Indian Civil Veterinary Department memoirs
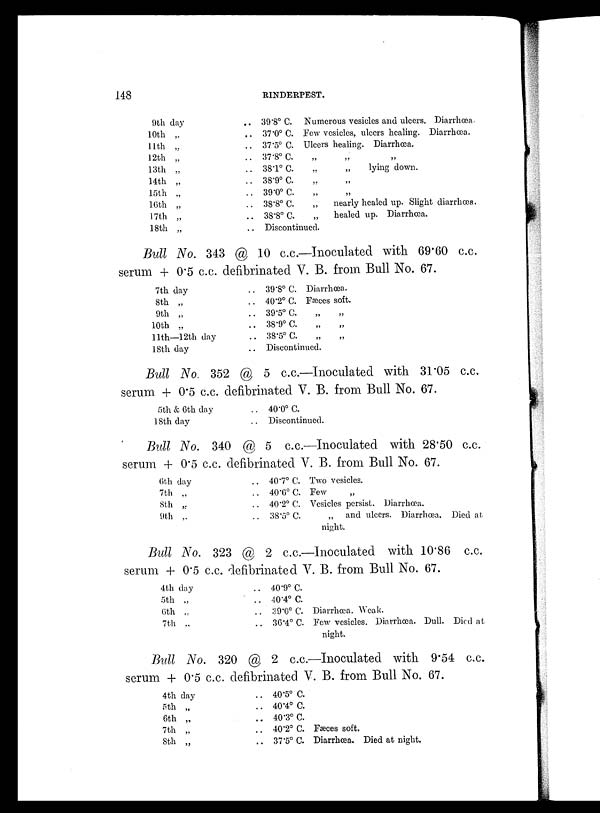
148
RINDERPEST.
9th day
10th „
11th „
12th „
13th „
14th „
15th „
10th „
17th „
18th „
.. 39.8º C. Numerous vesicles and ulcers. Diarrhœa.
.. 37.0º C. Few vesicles, ulcers healing. Diarrhœa.
.. 37.5º C. Ulcers healing. Diarrhœa,
.. 37.8º C. „ „ „
.. 38.1º C.
„
„
lying down.
.. 38.9º C. „ „
.. 39.0º C. „ „
.. 38.8º C.
„
nearly healed up. Slight diarrhoea.
.. 38.8º C.
„
healed up. Diarrhœa.
.. Discontinued.
Bull No. 343 @ 10 c.c.—Inoculated with 69.60 c.c.
serum + 0.5 c.c. defibrinated V. B. from Bull No. 67.
7th day
8th „
9th „
10th „
11th—12th day
18th day
.. 39.8º C. Diarrhœa.
.. 40.2º C. Fæces soft.
.. 39.5º C. „ „
.. 38.9º C. „ „
.. 38.5º C. „ „
.. Discontinued.
Bull No. 352 @ 5 c.c.—Inoculated with 31.05 c.c.
serum + 0.5 c.c. defibrinated V. B. from Bull No. 67.
5th & 6th day
18th day
.. 40.0º C.
Discontinued.
Bull No. 340 @ 5 c.c.—Inoculated with 28'50 c.c.
serum 4- 0.5 c.c. defibrinated V. B. from Bull No. 67.
6th day
7th „
8th „
9th „
.. 40.7º C. Two vesicles.
.. 40.6º C. Few „
.. 40.2º C. Vesicles persist. Diarrhœa.
.. 38.5º C.
„ and ulcers. Diarrhœa. Died at
night.
Bull No. 323 @ 2 c.c.—Inoculated with 10.86 c.c.
serum + 0.5 c.c. defibrinated V. B. from Bull No. 67.
4th day
5th „
6th „
7th „
.. 40.9º C.
.. 40.4º C.
.. 39.0º C. Diarrhœa, Weak.
.. 36.4º C. Few vesicles. Diarrhœa. Dull. Died at
night.
Bull No. 320 @ 2 c.c.—Inoculated with 9.54 c.c.
serum + 0.5 c.c. defibrinated V. B. from Bull No. 67.
4th day
5th „
6th „
7th „
8th „
.. 40.5º C.
.. 40.4º C.
.. 40.3º C.
.. 40.2º C. Fæces soft.
.. 37.5º C. Diarrhœa. Died at night,